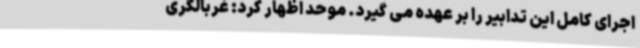
اجرای کامل این تدابیر را بر عهده می گیرد. موحد اظهار کرد: غربالگری